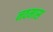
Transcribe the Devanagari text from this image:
नवमास